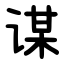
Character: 谋